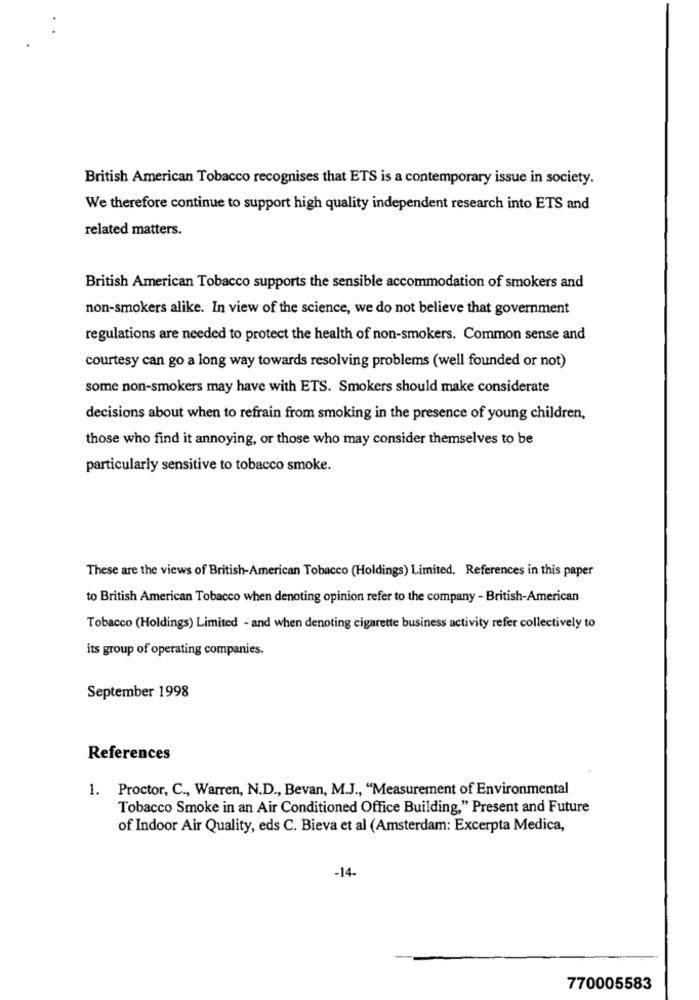
British American Tobacco recognises that ETS is a contemporary issue in society.
We therefore continue to support high quality independent research into ETS and
related matters.
British American Tobacco supports the sensible accommodation of smokers and
non-smokers alike. In view of the science, we do not believe that government
regulations are needed to protect the health of non-smokers. Common sense and
courtesy can go a long way towards resolving problems (well founded or not)
some non-smokers may have with ETS. Smokers should make considerate
decisions about when to refrain from smoking in the presence of young children,
those who find it annoying, or those who may consider themselves to be
particularly sensitive to tobacco smoke.
These are the views of British-American Tobacco (Holdings) Limited. References in this paper
to British American Tobacco when denoting opinion refer to the company - British-American
Tobacco (Holdings) Limited - and when denoting cigarette business activity refer collectively to
its group of operating companies.
September 1998
References
1. Proctor, C ., Warren, N.D ., Bevan, M.J ., "Measurement of Environmental
Tobacco Smoke in an Air Conditioned Office Building," Present and Future
of Indoor Air Quality, eds C. Bieva et al (Amsterdam: Excerpta Medica,
-14
770005583